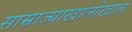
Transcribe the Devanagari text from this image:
साम्राज्याखालोखाल